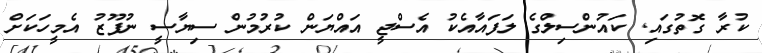
ކުރާ ގޮތުގައި